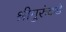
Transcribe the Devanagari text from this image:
श्रीगुरुंकडे